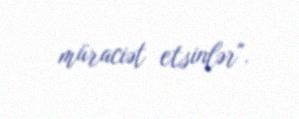
müraciət etsinlər".